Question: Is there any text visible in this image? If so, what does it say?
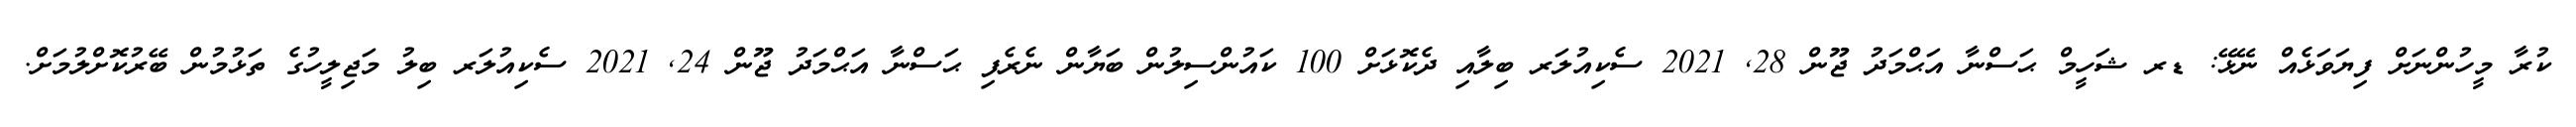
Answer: ކުރާ މީހުންނަށް ފިޔަވަޅެއް ނޭޅޭ: ޑރ ޝަހީމް ޙަސްނާ އަޙްމަދު ޖޫން 28, 2021 ސެކިއުލަރ ބިލާއި ދެކޮޅަށް 100 ކައުންސިލުން ބަޔާން ނެރެފި ޙަސްނާ އަޙްމަދު ޖޫން 24, 2021 ސެކިއުލަރ ބިލު މަޖިލީހުގެ ތަޅުމުން ބޭރުކޮށްލުމަށް.